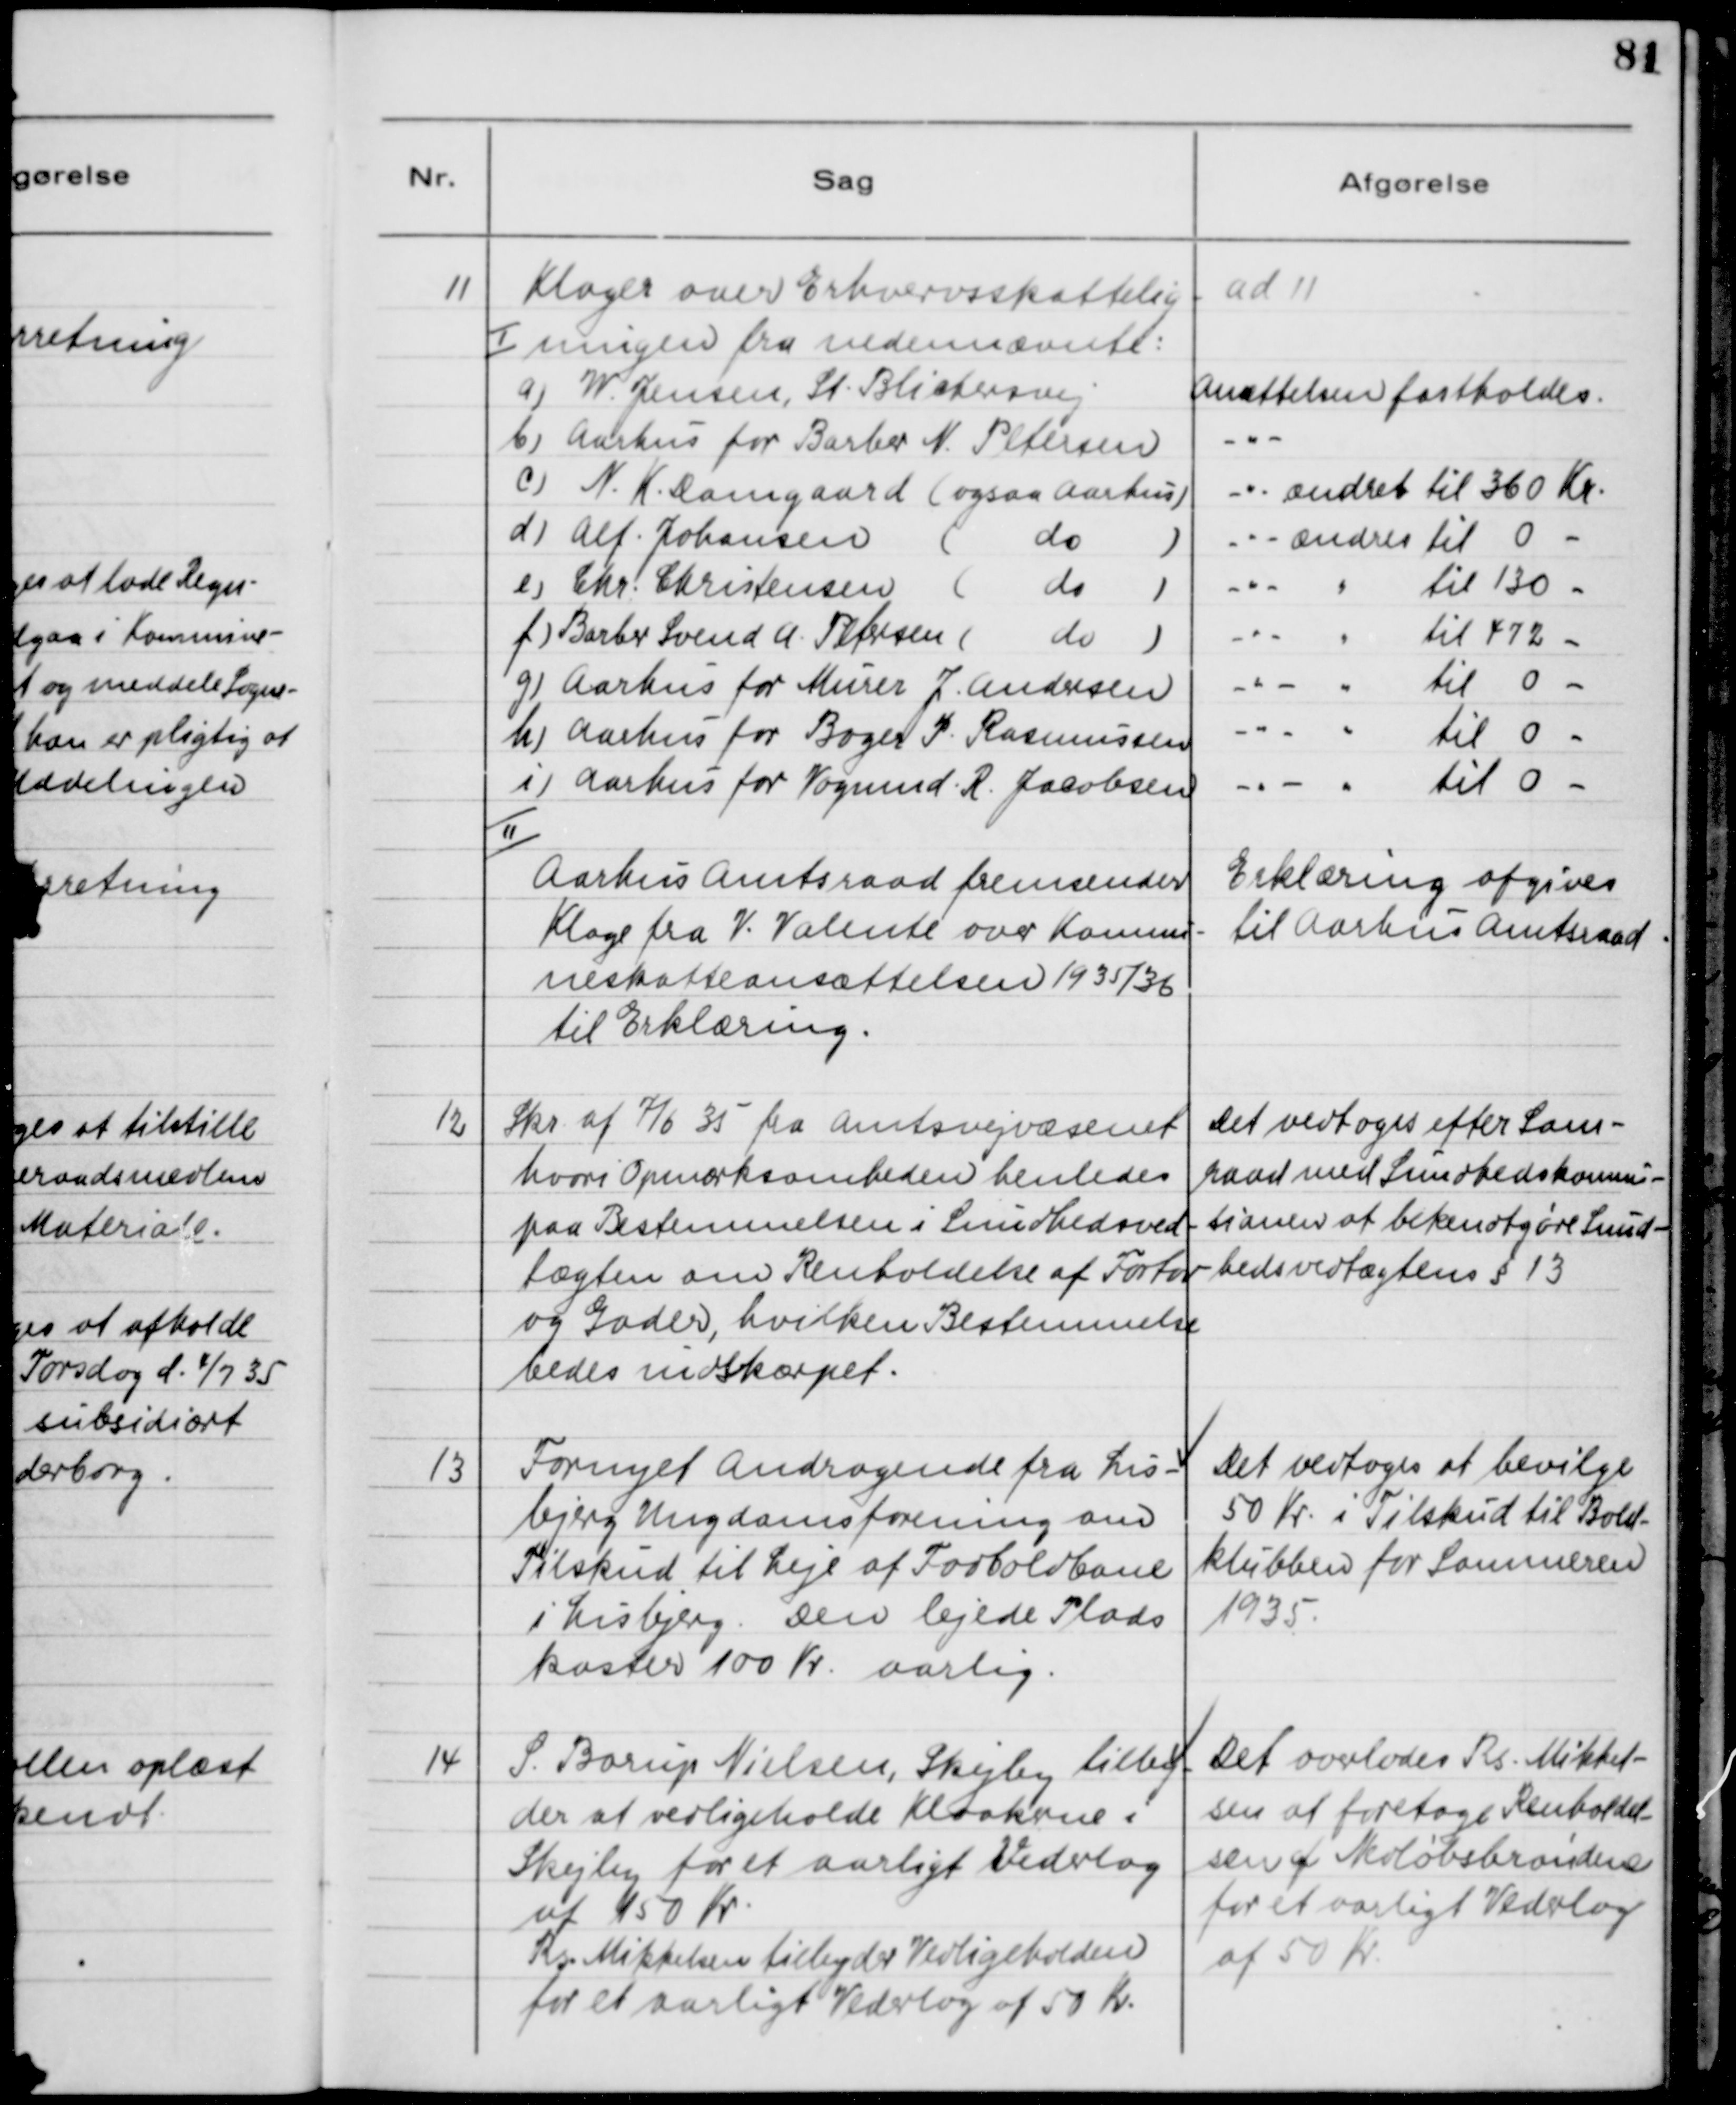
Transskription:
11

Klager over Erhvervsskattelig-
ningen fra nedennævnte:

ad 11

II 
Aarhus Amtsraad fremsender 
Klage fra V. Valente over Kommu-
neskatteansættelsen 1935/36
til Erklæring

Erklæring afgives 
til Aarhus Amtsraad

12

Skr. af 7/6 35 fra Amtsvejvæsenet 
hvori Opmærksomheden henledes
paa Bestemmelsen i Sundhedsved-
tægten om Renholdelse af Fortov 
og Gader, hvilken Bestemmelse
bedes indskærpet.

Det vedtoges efter Sam-
raad med Sundhedskommis-
tionen at bekendtgøre Sund-
hedsvedtægtens §13

13

Fornyet Andragende fra Lis-
bjerg Ungdoms forening om
Tilskud til Leje af Fodboldbane 
i Lisbjerg. Den lejede Plads
koster 100 Kr. aarlig.

Det vedtoges at bevilge 
50 Kr. i Tilskud til Bold-
klubben for Sommeren
1935.

14

S. Borup Nielsen, Skejby tilby-
der at vedligeholde Kloakene i
Skejby for aarligt Vederlag 
af 450 Kr.
Rs. Mikkelsen tilbyder Vedligeholden
for et aarligt Vederlag af 50 Kr.

Det overlades Rs. Mikkel-
sen at foretage Renholdel-
sen af Nedløbsbrøndene 
for et aarligt Vederlag 
af 50 Kr.